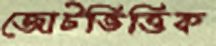
জোটভিত্তিক